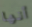
أنها